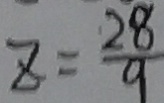
z = \frac { 2 8 } { 9 }